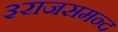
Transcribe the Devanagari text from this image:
३राजसमन्द